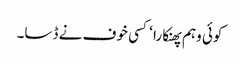
کوئی وہم پھنکارا ‘ کسی خوف نے ڈسا۔